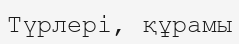
Түрлері, құрамы